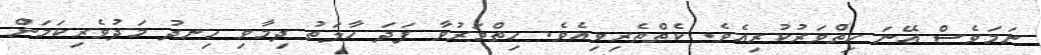
ނަމަވެސް އޭނަ ހިތްވަރުކުރިއެވެ. ކެތްތެރިވިއެވެ. ހިތްމަރުވާ ފަދަ ހާލަތު ދިމާވި ހިނދު މަދުވެރިކަމަށް